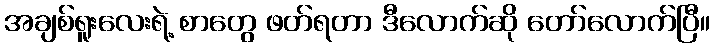
အချစ်ရူးလေးရဲ့ စာတွေ ဖတ်ရတာ ဒီလောက်ဆို တော်လောက်ပြီ။